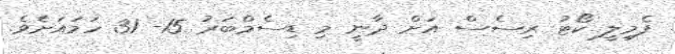
ފެމިލީ ކޯޓު ރިސެސް އަށް ދާނީ މި ޑިސެމްބަރު 15- 31 ހަމައަށެވެ.